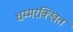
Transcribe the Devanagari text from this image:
धम्मरक्खित